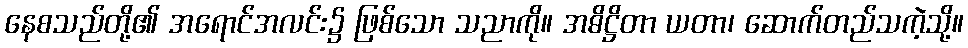
နေစသည်တို့၏ အရောင်အလင်း၌ ဖြစ်သော သညာကို။ အဓိဋ္ဌိတာ ယတာ၊ ဆောက်တည်သကဲ့သို့။